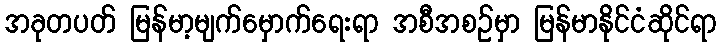
အခုတပတ် မြန်မာ့မျက်မှောက်ရေးရာ အစီအစဉ်မှာ မြန်မာနိုင်ငံဆိုင်ရာ